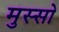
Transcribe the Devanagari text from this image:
मुस्सो